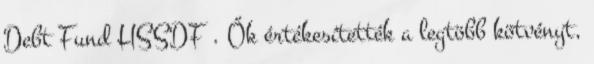
Debt Fund HSSDF . Ők értékesítették a legtöbb kötvényt,